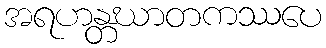
အရဟန္တဃာတကဿပေ